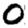
Digit: 0